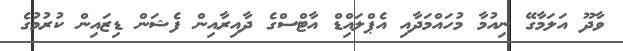
ވާދޫ އަލަމާގޭ ނިއުމާ މުހައްމަދާއި އެޕްލައިްޑް އާޓްސްގެ ދާއިރާއިން ފެޝަަން ޑިޒައިން ކުރުމުގެ